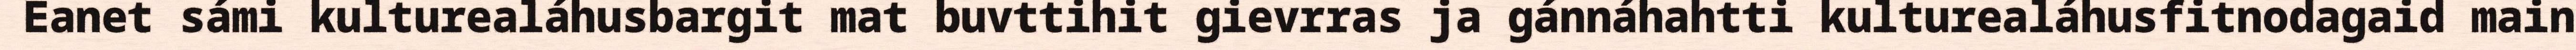
Eanet sámi kulturealáhusbargit mat buvttihit gievrras ja gánnáhahtti kulturealáhusfitnodagaid main